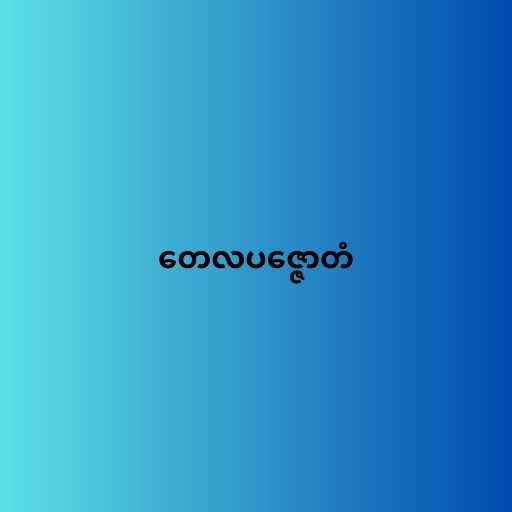
တေလပဇ္ဇောတံ